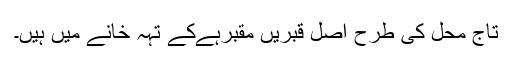
تاج محل کی طرح اصل قبریں مقبرہےکے تہہ خانے میں ہیں۔